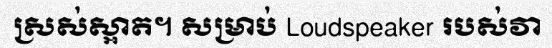
ស្រស់ស្អាត។ សម្រាប់ Loudspeaker របស់វា